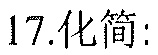
17.化简: